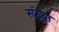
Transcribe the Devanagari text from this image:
संख्या